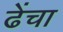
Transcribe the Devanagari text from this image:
ढेंचा